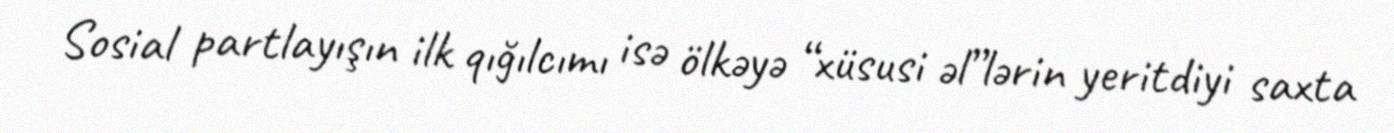
Sosial partlayışın ilk qığılcımı isə ölkəyə “xüsusi əl”lərin yeritdiyi saxta